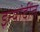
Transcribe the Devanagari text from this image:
इत्यांदींत